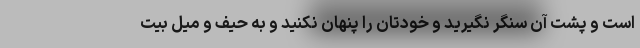
است و پشت آن سنگر نگیرید و خودتان را پنهان نکنید و به حیف و میل بیت